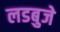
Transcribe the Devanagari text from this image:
लडबुजे